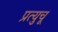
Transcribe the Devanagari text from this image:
प्रत्युचू